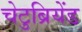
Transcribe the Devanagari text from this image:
चेटुब्रियेंड